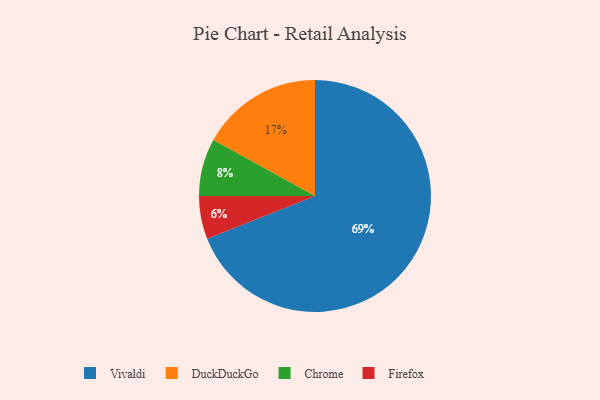
{"axis": {"x": "Category", "y": "Percentage"}, "legend": ["Chrome", "DuckDuckGo", "Firefox", "Vivaldi"], "data": [{"x": "Firefox", "y": 6, "type": "Firefox"}, {"x": "DuckDuckGo", "y": 17, "type": "DuckDuckGo"}, {"x": "Chrome", "y": 8, "type": "Chrome"}, {"x": "Vivaldi", "y": 69, "type": "Vivaldi"}]}